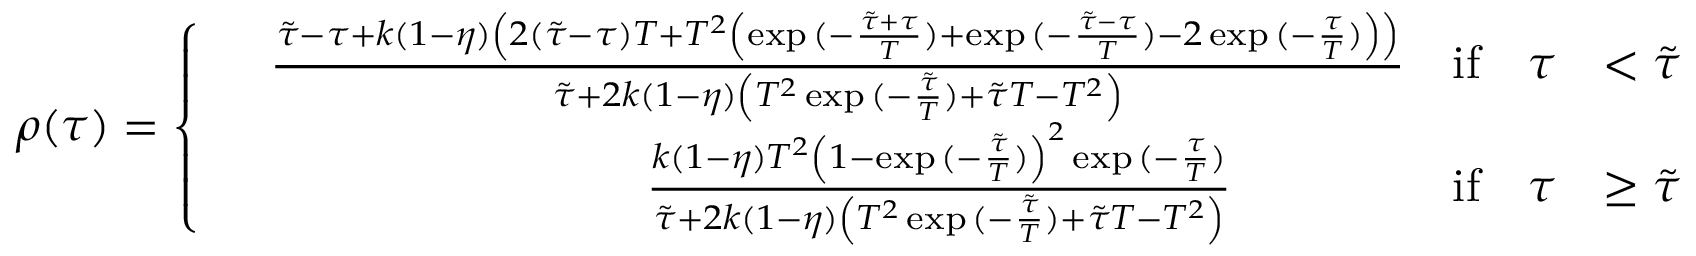
\rho ( \tau ) = \left\{ \begin{array} { r l r l } & { \frac { \tilde { \tau } - \tau + k ( 1 - \eta ) \left( 2 ( \tilde { \tau } - \tau ) T + T ^ { 2 } \left( \exp { ( - \frac { \tilde { \tau } + \tau } { T } ) } + \exp { ( - \frac { \tilde { \tau } - \tau } { T } ) } - 2 \exp { ( - \frac { \tau } { T } ) } \right) \right) } { \tilde { \tau } + 2 k ( 1 - \eta ) \left( T ^ { 2 } \exp { ( - \frac { \tilde { \tau } } { T } ) } + \tilde { \tau } T - T ^ { 2 } \right) } } & { \mathrm { i f } \quad \tau } & { < \tilde { \tau } } \\ & { \quad \quad \quad \quad \quad \quad \quad \quad \frac { k ( 1 - \eta ) T ^ { 2 } \left( 1 - \exp { ( - \frac { \tilde { \tau } } { T } ) } \right) ^ { 2 } \exp { ( - \frac { \tau } { T } ) } } { \tilde { \tau } + 2 k ( 1 - \eta ) \left( T ^ { 2 } \exp { ( - \frac { \tilde { \tau } } { T } ) } + \tilde { \tau } T - T ^ { 2 } \right) } } & { \mathrm { i f } \quad \tau } & { \geq \tilde { \tau } } \end{array} \right.